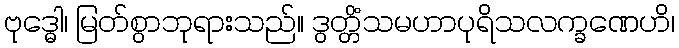
ဗုဒ္ဓေါ၊ မြတ်စွာဘုရားသည်။ ဒွတ္တိံသမဟာပုရိသလက္ခဏေဟိ၊